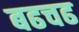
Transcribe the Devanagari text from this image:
बढचढ